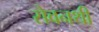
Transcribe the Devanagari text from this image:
सेवनथी